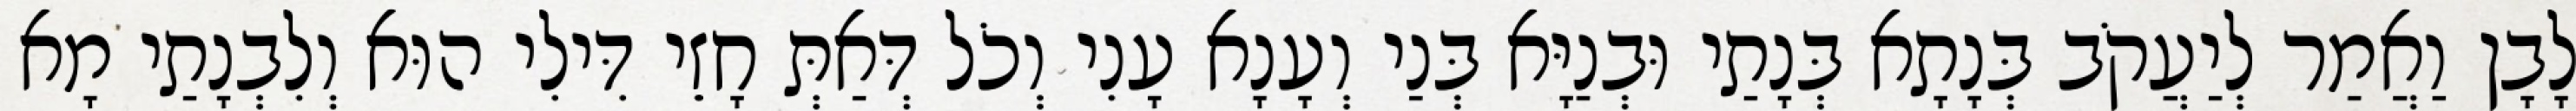
לָבָן וַאֲמַר לְיַעֲקֹב בְּנָתָא בְּנָתַי וּבְנַיָּא בְּנַי וְעָנָא עָנִי וְכֹל דְּאַתְּ חָזֵי דִּילִי הוּא וְלִבְנָתַי מָא